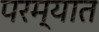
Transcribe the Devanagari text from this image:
परम्यात